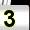
Digit: 3